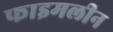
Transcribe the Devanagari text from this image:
फाइमलीन